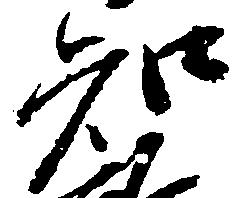
知